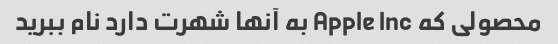
محصولی که Apple Inc به آنها شهرت دارد نام ببرید